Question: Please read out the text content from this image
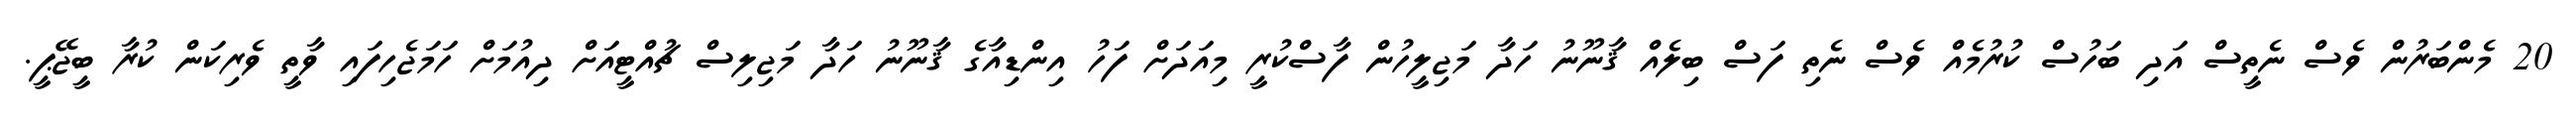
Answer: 20 މެންބަރުން ވެސް ނެތީސް އަދި ބަހުސް ކުރުމެއް ވެސް ނެތި ފަސް ބިލެއް ޤާނޫނު ހަދާ މަޖިލީހުން ފާސްކުރީ މިއަދަށް ފަހު އިންޑިއާގެ ޤާނޫނު ހަދާ މަޖިލިސް ޗުއްޓީއަށް ދިއުމަށް ހަމަޖެހިފައި ވާތީ ވެރިކަން ކުރާ ބީޖޭޕީ.